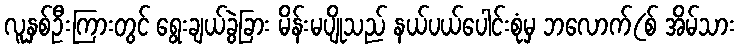
လူနှစ်ဦးကြားတွင် ရွေးချယ်ခွဲခြား မိန်းမပျိုသည် နယ်ပယ်ပေါင်းစုံမှ ဘလောက်(စ် အိမ်သား